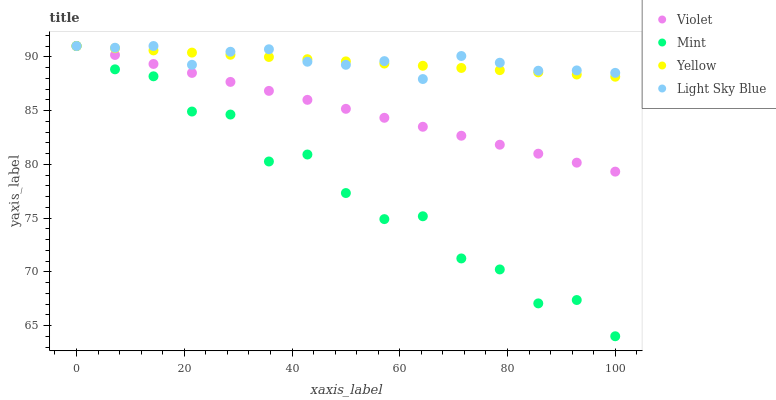
| xaxis_label | Violet | Mint | Yellow | Light Sky Blue |
 | --- | --- | --- | --- | --- |
 | 0 | 91 | 91 | 91 | 91 |
 | 7.14 | 90.2 | 88.8 | 90.8 | 90.8 |
 | 14.3 | 89.3 | 88.2 | 90.6 | 91 |
 | 21.4 | 88.5 | 84.9 | 90.4 | 89.3 |
 | 28.6 | 87.7 | 84.6 | 90.2 | 90.5 |
 | 35.7 | 86.8 | 80.3 | 90 | 90.7 |
 | 42.9 | 86 | 80.9 | 89.8 | 89.5 |
 | 50 | 85.2 | 77.3 | 89.6 | 89.3 |
 | 57.1 | 84.3 | 74.9 | 89.4 | 89.6 |
 | 64.3 | 83.5 | 75.2 | 89.2 | 87.9 |
 | 71.4 | 82.7 | 71.2 | 89 | 90.1 |
 | 78.6 | 81.8 | 70.2 | 88.8 | 89.4 |
 | 85.7 | 81 | 67.1 | 88.6 | 88.7 |
 | 92.9 | 80.1 | 67.4 | 88.3 | 88.7 |
 | 100 | 79.3 | 64 | 88.1 | 88.5 |